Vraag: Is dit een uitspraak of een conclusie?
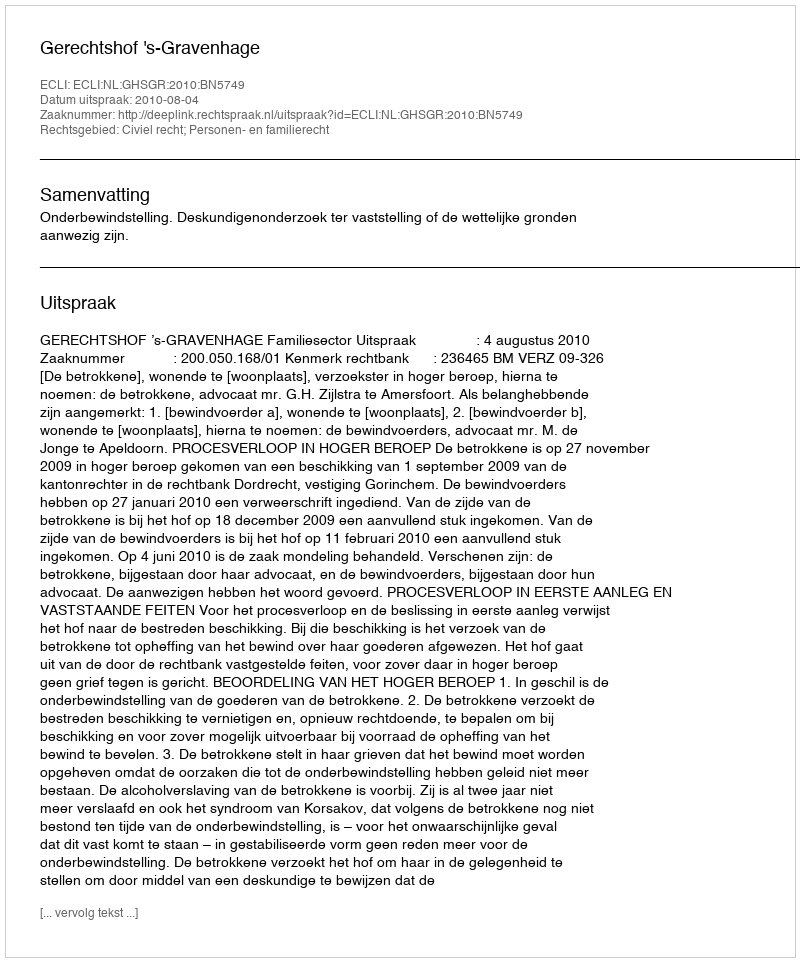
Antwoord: Uitspraak